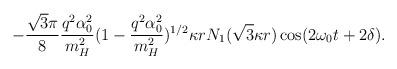
LaTeX: \begin{align*}- \frac{\sqrt{3}\pi}{8} \frac{q^2\alpha_0^2}{m_H^2} (1- \frac{q^2\alpha_0^2}{m_H^2})^{1/2} \kappa r N_1(\sqrt{3}\kappa r) \cos(2 \omega_0t + 2 \delta).\end{align*}